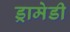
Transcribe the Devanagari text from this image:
ड्रामेडी